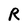
Character: R